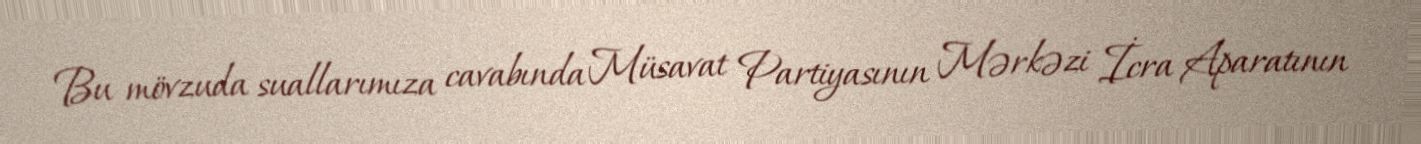
Bu mövzuda suallarımıza cavabında Müsavat Partiyasının Mərkəzi İcra Aparatının